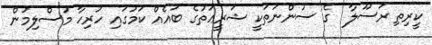
ކީރިތި ރަސޫލާ  ގެ ސުންނަތަކީ ޝަރީޢަތުގެ ބައެއް ކަމުގައި ހުރިހާ މުސްލިމުން